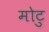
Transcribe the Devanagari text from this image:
मोटु